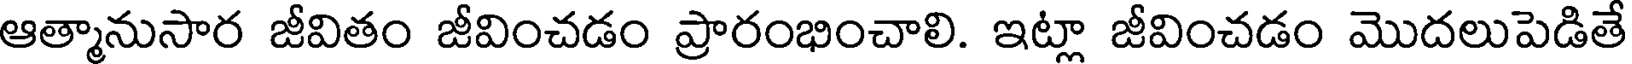
ఆత్మానుసార జీవితం జీవించడం ప్రారంభించాలి. ఇట్లా జీవించడం మొదలుపెడితే